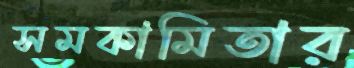
সমকামিতার